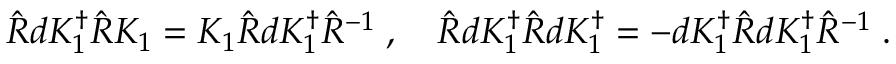
\hat { R } d K _ { 1 } ^ { \dagger } \hat { R } K _ { 1 } = K _ { 1 } \hat { R } d K _ { 1 } ^ { \dagger } \hat { R } ^ { - 1 } \; , \quad \hat { R } d K _ { 1 } ^ { \dagger } \hat { R } d K _ { 1 } ^ { \dagger } = - d K _ { 1 } ^ { \dagger } \hat { R } d K _ { 1 } ^ { \dagger } \hat { R } ^ { - 1 } \; .